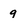
Character: q